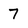
Character: 7